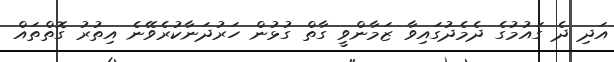
އަދި ދެ ގައުމުގެ ދެމެދުގައިވާ ޒަމާންވީ ގާތް ގުޅުން ހަރުދަނާކުރެވޭނެ އިތުރު ގޮތްތައް